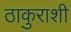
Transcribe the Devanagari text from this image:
ठाकुराशी